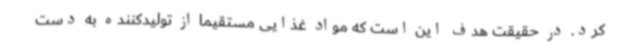
کرد. در حقیقت هدف این است که مواد غذایی مستقیما از تولیدکننده به دست